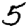
Digit: 5